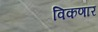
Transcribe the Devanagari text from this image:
विकणार